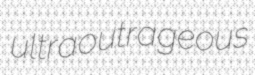
ultraoutrageous